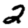
Digit: 2